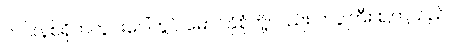
တင်းနစ်ရိုက်ကွင်းပေါ်တွင် မောင်နှံစုံတို့လည်း ကပွဲကြီး စကြသည်။